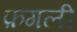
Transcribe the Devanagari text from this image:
फ़गली